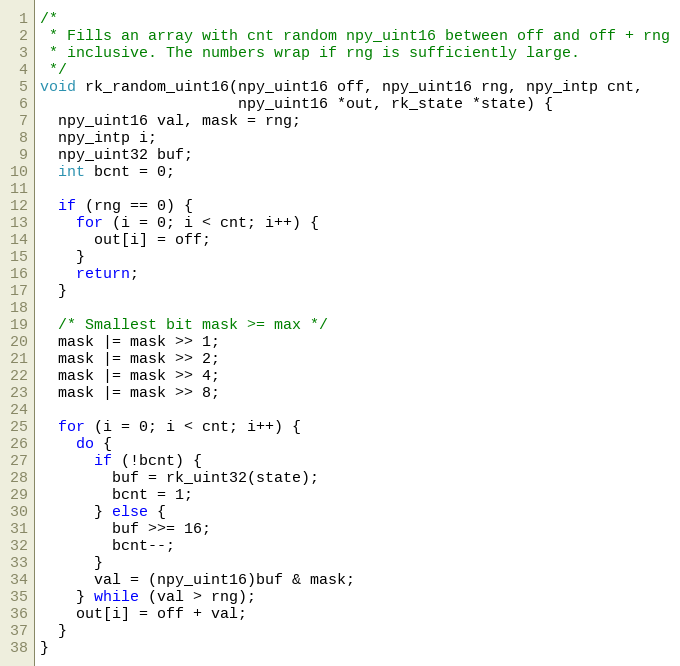
Language: C
/*
 * Fills an array with cnt random npy_uint16 between off and off + rng
 * inclusive. The numbers wrap if rng is sufficiently large.
 */
void rk_random_uint16(npy_uint16 off, npy_uint16 rng, npy_intp cnt,
                      npy_uint16 *out, rk_state *state) {
  npy_uint16 val, mask = rng;
  npy_intp i;
  npy_uint32 buf;
  int bcnt = 0;

  if (rng == 0) {
    for (i = 0; i < cnt; i++) {
      out[i] = off;
    }
    return;
  }

  /* Smallest bit mask >= max */
  mask |= mask >> 1;
  mask |= mask >> 2;
  mask |= mask >> 4;
  mask |= mask >> 8;

  for (i = 0; i < cnt; i++) {
    do {
      if (!bcnt) {
        buf = rk_uint32(state);
        bcnt = 1;
      } else {
        buf >>= 16;
        bcnt--;
      }
      val = (npy_uint16)buf & mask;
    } while (val > rng);
    out[i] = off + val;
  }
}